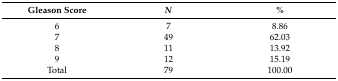
| Gleason Score | N | % |
 | --- | --- | --- |
 | 6 | 7 | 8.86 |
 | 7 | 49 | 62.03 |
 | 8 | 11 | 13.92 |
 | 9 | 12 | 15.19 |
 | Total | 79 | 100.00 |